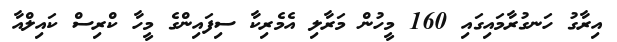
އިރާގު ހަނގުރާމައިގައި 160 މީހުން މަރާލި އެމެރިކާ ސިފައިންގެ މީހާ ކްރިސް ކައިލްއާ